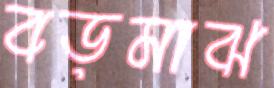
বড়মাঝ